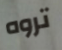
تروه